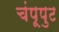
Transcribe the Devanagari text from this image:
चंपूपुट